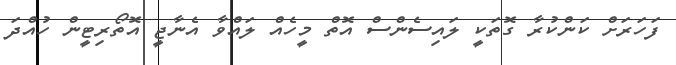
ފަހަރަށް ކަންކުރާ ގޮތަކީ ލައިސެންސް އޮތް މީހެއް ލައްވާ އެނާޖީ އޮތޯރިޓީން ހުއްދަ